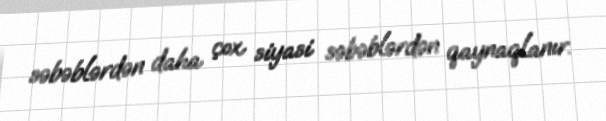
səbəblərdən daha çox siyasi səbəblərdən qaynaqlanır.